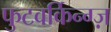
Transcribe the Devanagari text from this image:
फुटवर्किन्ग्ज़